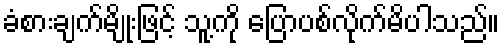
ခံစားချက်မျိုးဖြင့် သူ့ကို ပြောပစ်လိုက်မိပါသည်။